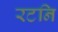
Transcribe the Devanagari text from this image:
रटनि